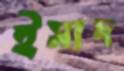
ইসাদ